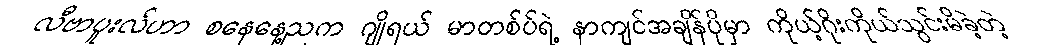
လီဗာပူးလ်ဟာ စနေနေ့ညက ဂျိုရယ် မာတစ်ပ်ရဲ့ နာကျင်အချိန်ပိုမှာ ကိုယ့်ဂိုးကိုယ်သွင်းမိခဲ့တဲ့